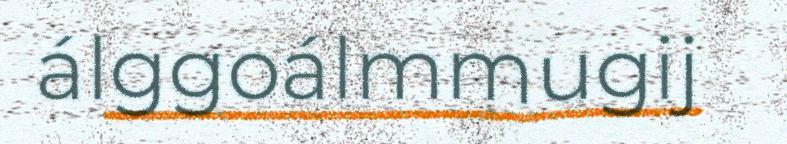
álggoálmmugij